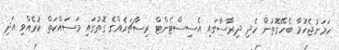
ހަމަނުޖެހުމާ ބެހޭގޮތުން ހެދި ދިރާސާގައި އެސިސްޓެންޓް ރިސާޗަރެއްގެ ގޮތުގައި މަސައްކަތް ކުރެއްވި އަދި